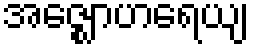
အဇ္ဈောဟရေယျ